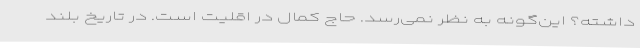
داشته‌؟ این‌گونه به نظر نمی‌رسد. حاج کمال در اقلیت است. در تاریخ بلند